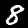
Digit: 8